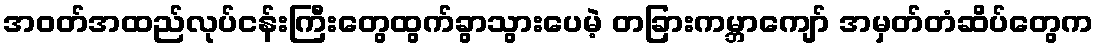
အဝတ်အထည်လုပ်ငန်းကြီးတွေထွက်ခွာသွားပေမဲ့ တခြားကမ္ဘာကျော် အမှတ်တံဆိပ်တွေက